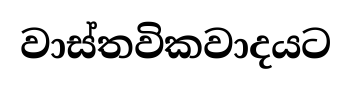
වාස්තවිකවාදයට